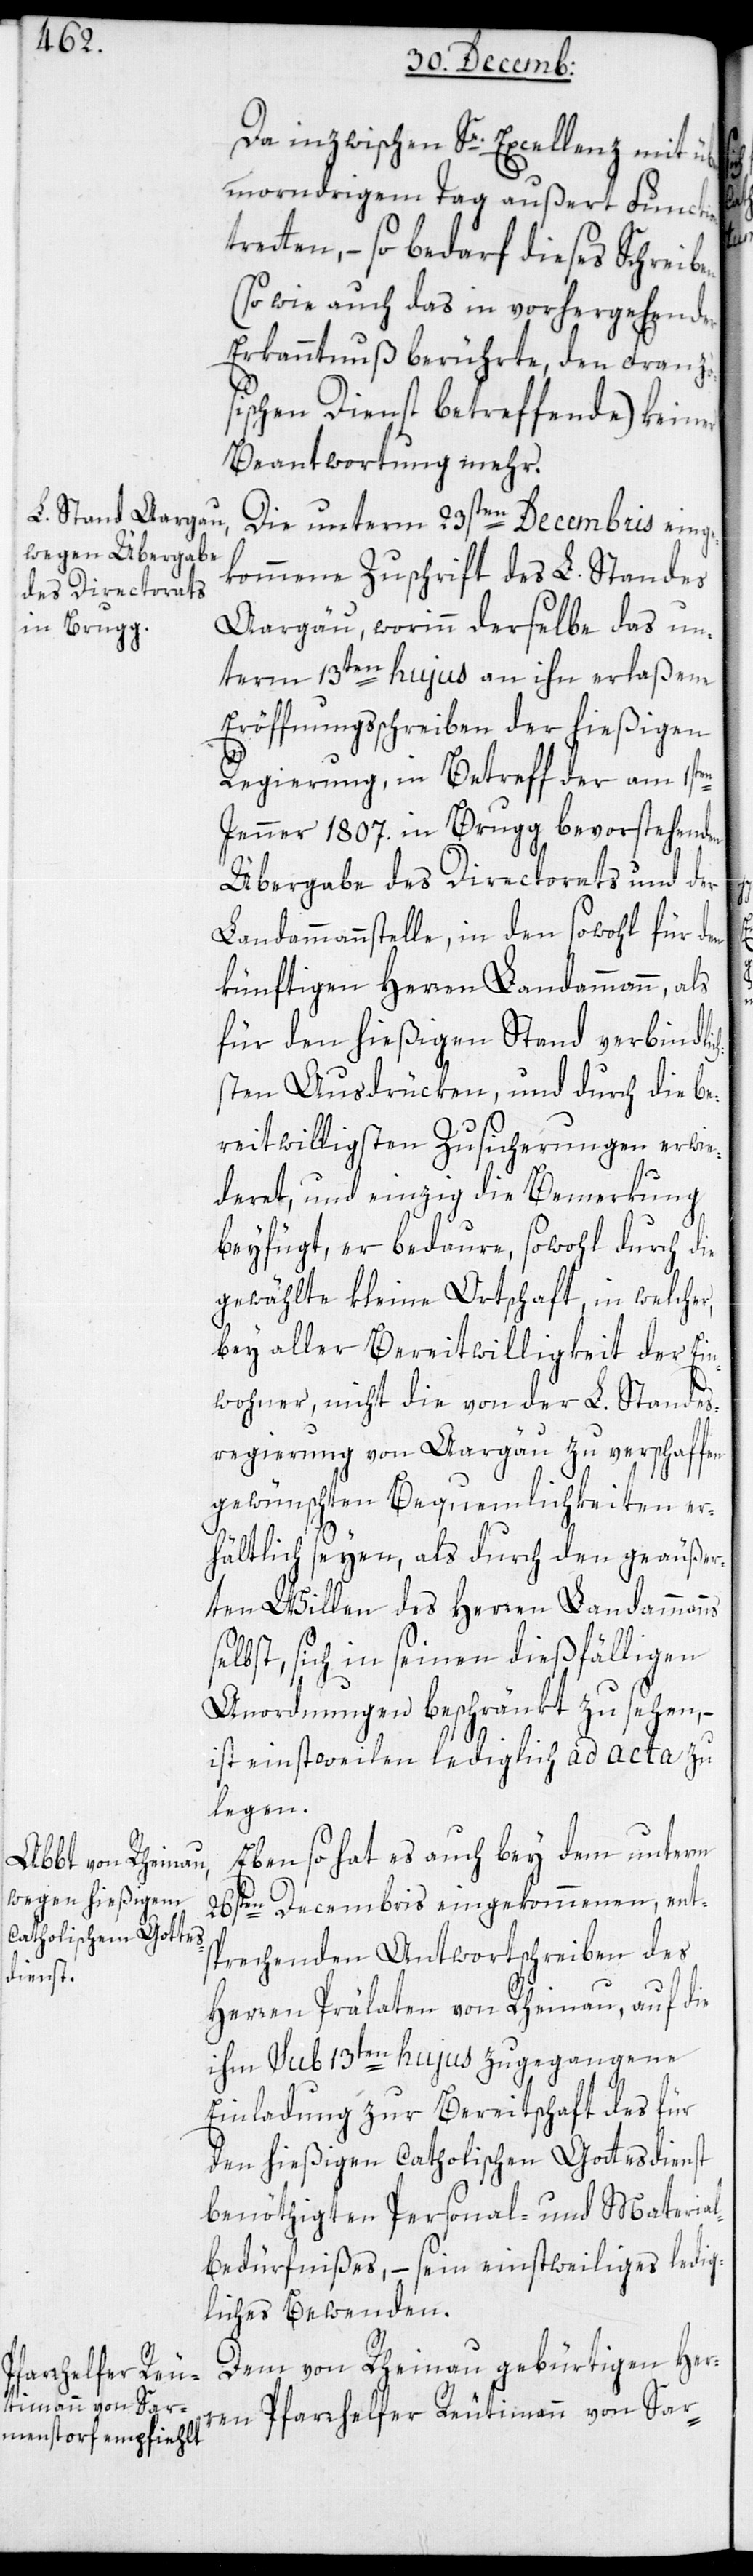
hen] Standes¬

Da inzwischen Se. Excellenz mit übe¬
rmorndrigem Tag außert Function
treten, – so bedarf dieses Schreiben
(sowie auch das in vorhergehender
Erkanntnuß berührte, den Französ¬
ischen Dienst betreffende) keiner
Beantwortung mehr.
Die unterm 23sten Decembris einge¬
kommene Zuschrift des L. Standes
Aargau, worinn derselbe das un¬
term 13ten hujus an ihn erlaßene
Eröffnungsschreiben der hießigen
Regierung, in Betreff der am 1sten
Jenner 1807 in Brugg bevorstehenden
Übergabe des Directorats und der
Landammannßtelle, in den sowohl für den
künftigen Herren Landammann, als
für den hießigen Stand verbindlic¬
hsten Ausdrüken, und durch die be¬
reitwilligsten Zusicherungen erwi¬
dert, und einzig die Bemerkung
beifügt,er bedaure, sowohl durch die
gewählte kleine Ortschaft, in welcher
bey aller Bereitwilligkeit der Ein¬
wohner, nicht die von der Lob[lic¬
regierung von Aargau zu verschaffen
gewünschten Bequemlichkeiten er¬
hältlich seyen, als durch den geäußer¬
ten Willen des Herren Landammanns
selbst, sich in seinen dießfälligen
Anordnungen beschränkt zu sehen, –
ist einstweilen lediglich ad acta zu
legen.
Eben so hat es auch bey dem unterm
26sten Decembris eingekommenen, ent¬
sprechenden Antwortschreiben des
Herren Prälaten von Rheinau, auf die
ihm sub 13ten hujus zugegangene
Einladung zur Bereithschaft des für
den hießigen catholischen Gottesdienst
benöthigten Personal- und Material¬
bedürfnißes, – sein einstweiliges ledig¬
liches Bewenden.
Dem von Rheinau gebürtigen Her¬
ren Pfarrhelfer Reutimann von Sar-